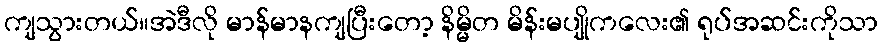
ကျသွားတယ်။အဲဒီလို မာန်မာနကျပြီးတော့ နိမ္မိတ မိန်းမပျိုကလေး၏ ရုပ်အဆင်းကိုသာ